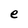
Character: e